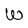
Character: W